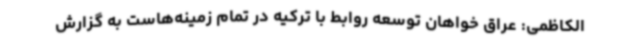
الکاظمی: عراق خواهان توسعه روابط با ترکیه در تمام زمینه‌هاست به گزارش